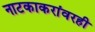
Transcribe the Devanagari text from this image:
नाटकाकरांवरही